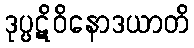
ဒုပ္ပဋိဝိနောဒယာတိ